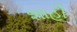
શાહી